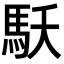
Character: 𩡻